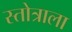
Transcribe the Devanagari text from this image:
स्तोत्राला